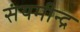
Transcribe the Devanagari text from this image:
संयमीन्द्र